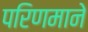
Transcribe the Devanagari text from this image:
परिणमाने